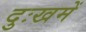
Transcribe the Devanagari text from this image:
दुःखमें